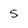
Character: 5